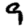
Digit: 9